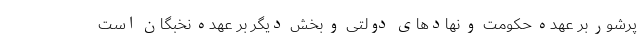
پرشور بر عهده حکومت و نهادهای دولتی و بخش دیگر بر عهده نخبگان است